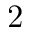
2